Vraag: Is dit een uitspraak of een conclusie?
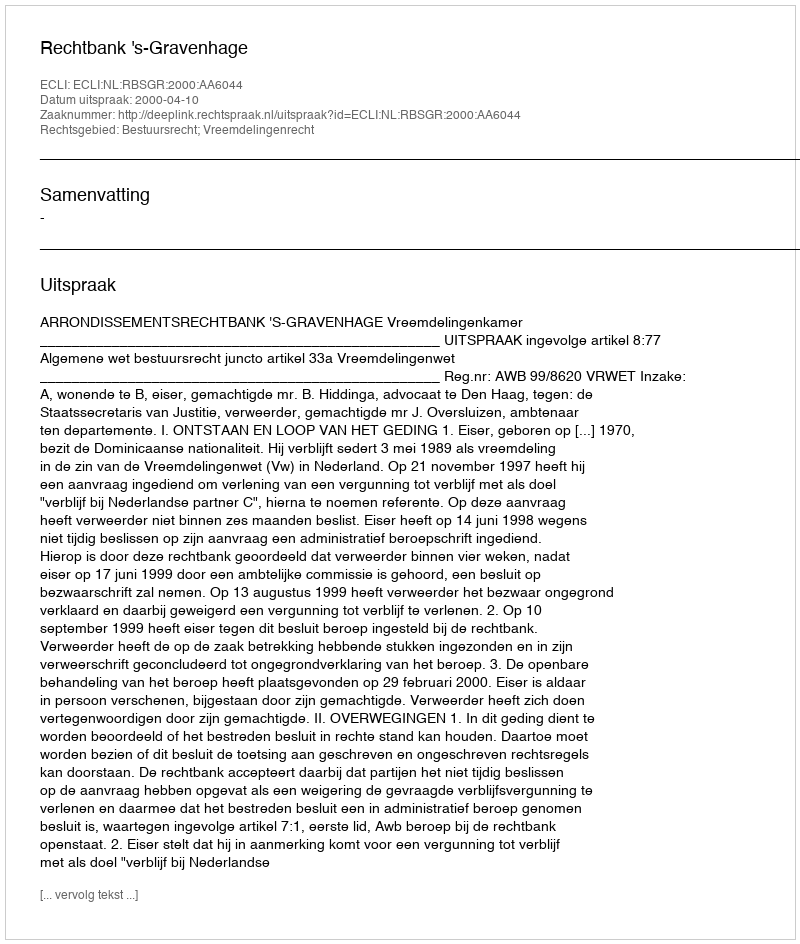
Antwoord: Uitspraak